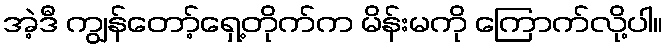
အဲ့ဒီ ကျွန်တော့်ရှေ့တိုက်က မိန်းမကို ကြောက်လို့ပါ။